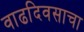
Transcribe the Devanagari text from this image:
वाढदिवसाचा